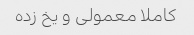
کاملا معمولی و یخ زده